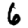
Digit: 6